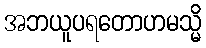
အဘယူပရတောဟမသ္မိ